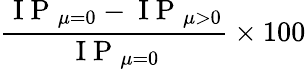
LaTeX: \frac{\mathrm{~I~P~}_{\mu=0}-\mathrm{~I~P~}_{\mu>0}}{\mathrm{~I~P~}_{\mu=0}}\times 100